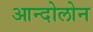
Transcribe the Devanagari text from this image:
आन्दोलोन